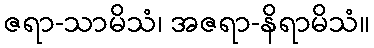
ဇရာ-သာမိသံ၊ အဇရာ-နိရာမိသံ။